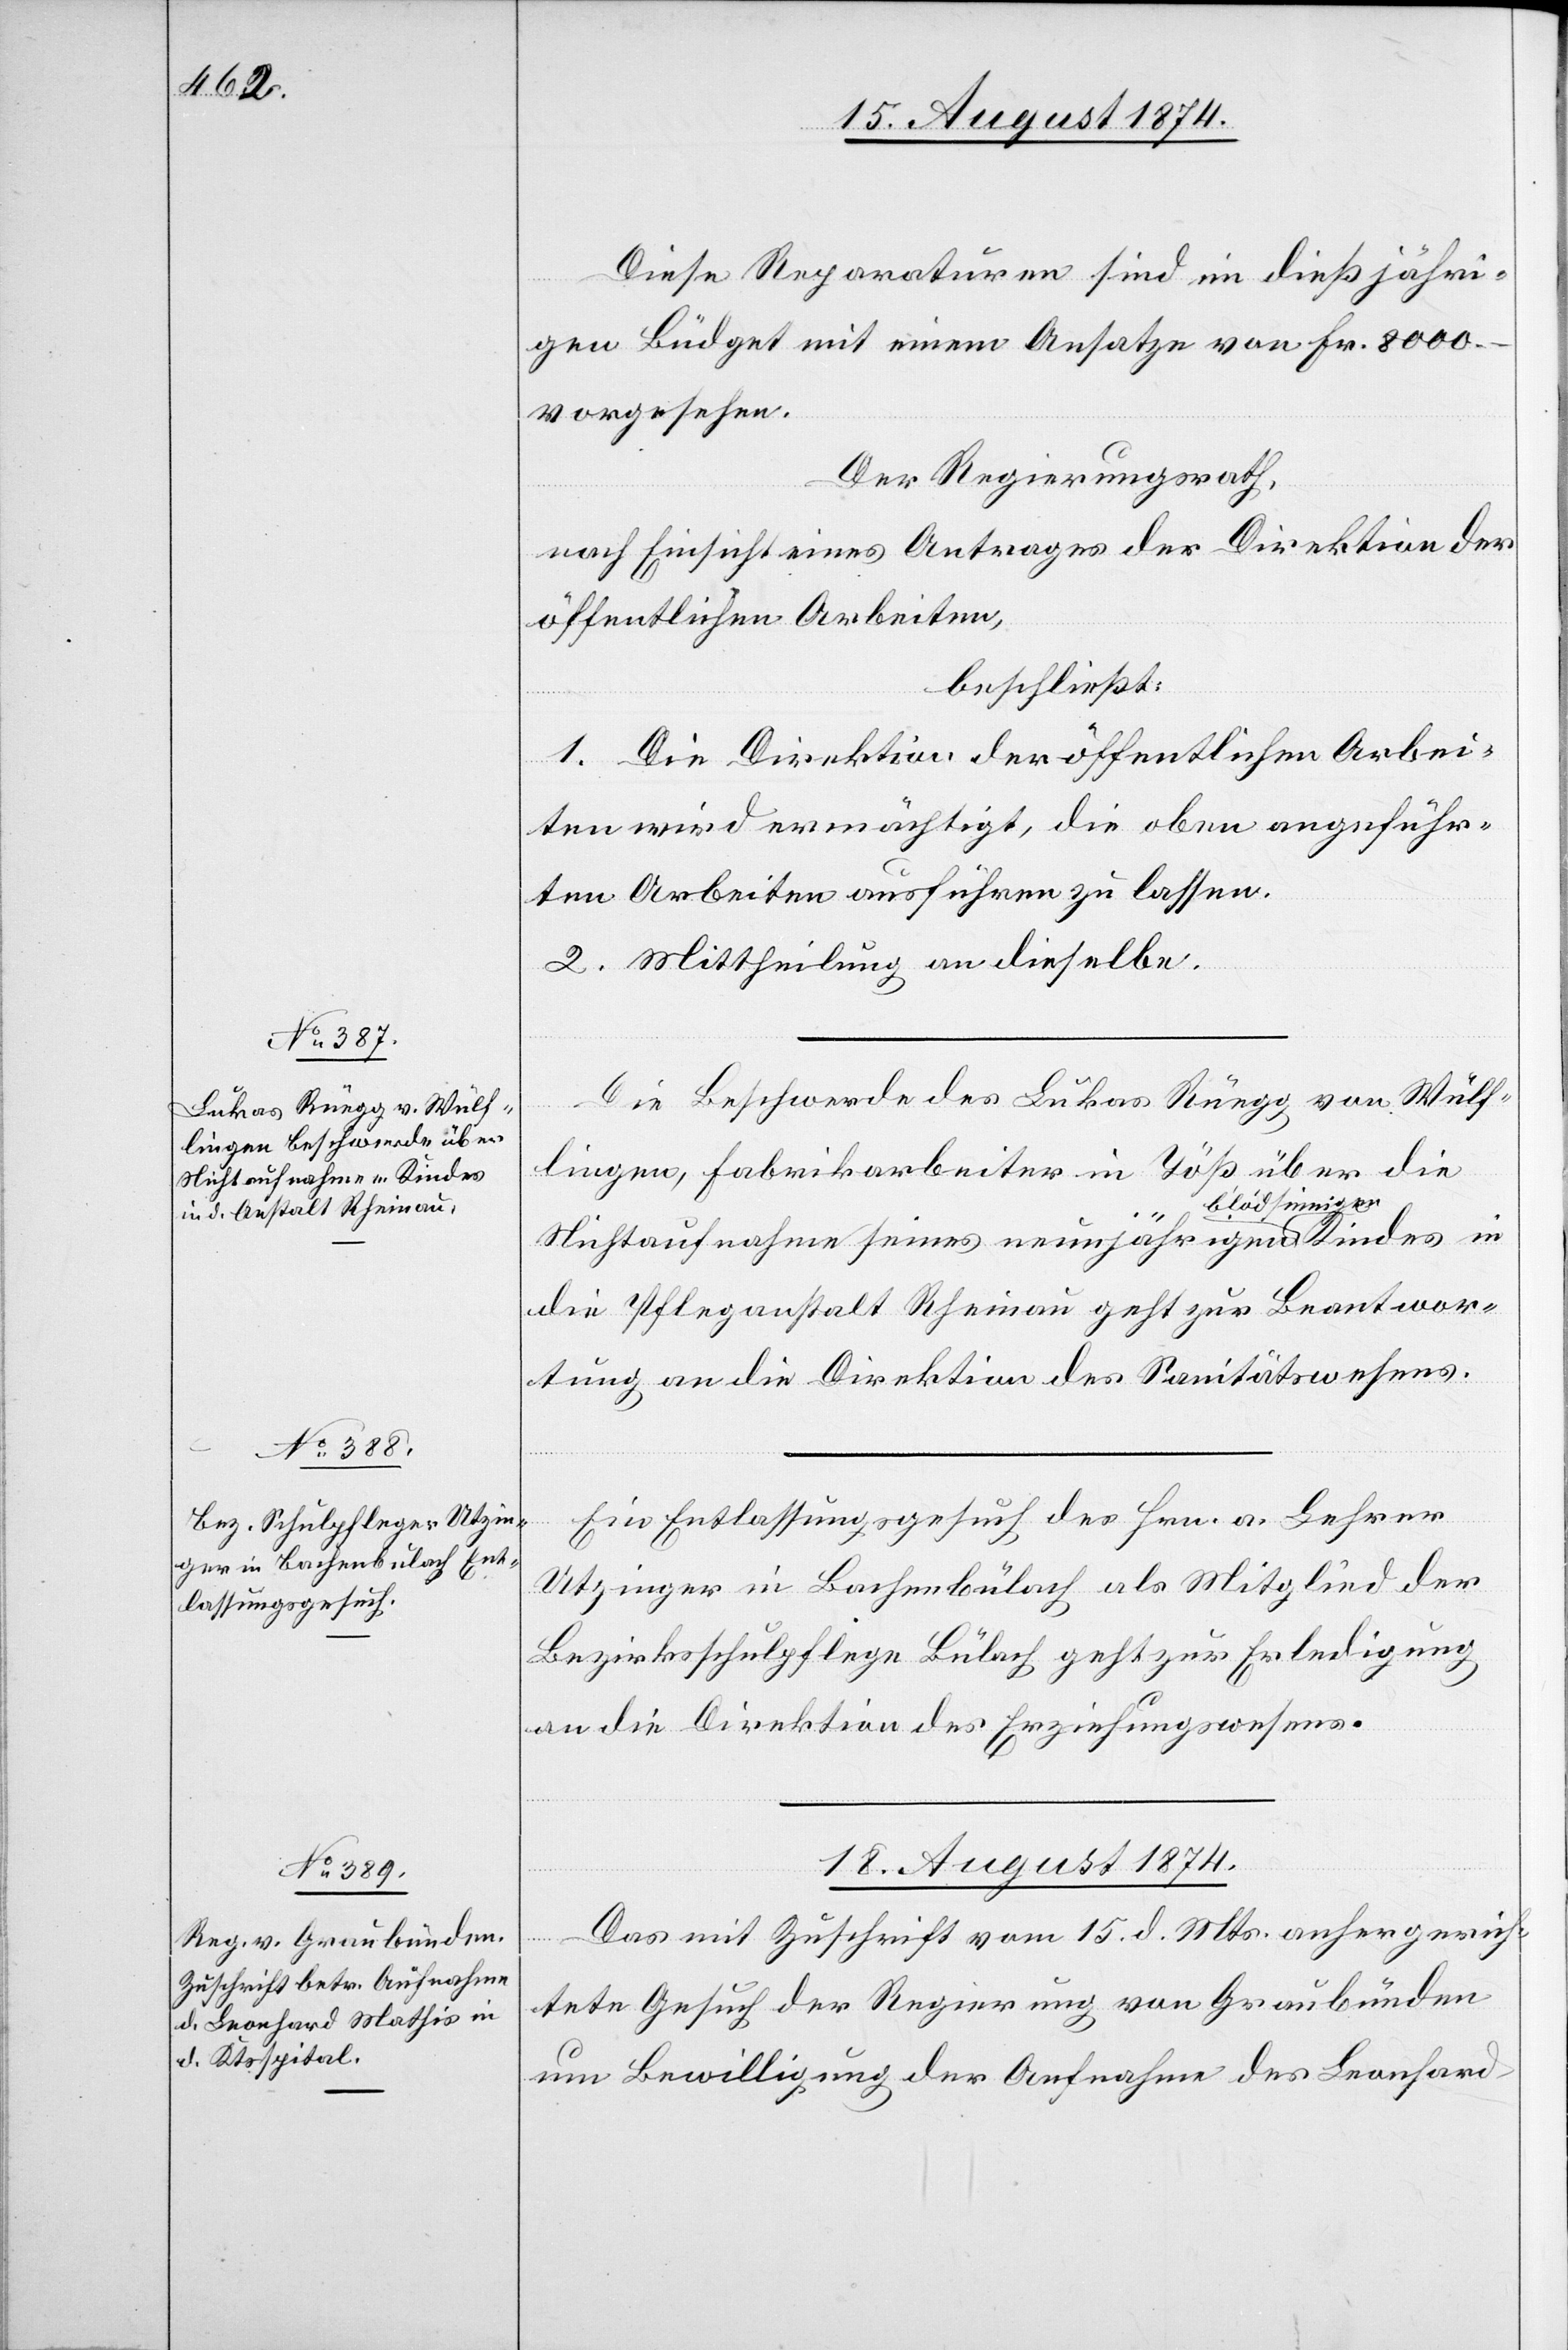
Kindes

Diese Reparaturen sind im dießjähri¬
gen Büdget mit einem Ansatze von Fr. 8000.–
vorgesehen.
Der Regierungsrath,
nach Einsicht eines Antrages der Direktion der
öffentlichen Arbeiten,
beschließt:
1. Die Direktion der öffentlichen Arbei¬
ten wird ermächtigt, die oben angeführ¬
ten Arbeiten ausführen zu lassen.
2. Mittheilung an dieselbe.
Die Beschwerde des Lukas Rüegg von Wülf¬
lingen, Fabrikarbeiter in Töß über die
Nichtaufnahme seines neunjährigen blödsin¬
die Pflegeanstalt Rheinau geht zur Beantwor¬
tung an die Direktion des Sanitätswesens.
Ein Entlassungsgesuch des Hrn. a. Lehrer
Utzinger in Bachenbülach als Mitglied der
Bezirksschulpflege Bülach geht zur Erledigung
an die Direktion des Erziehungswesens.
18. August 1874.
Das mit Zuschrift vom 15. d. Mts. anhergerich¬
in
tete Gesuch der Regierung von Graubünden
um Bewilligung der Aufnahme des Leonhard